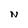
Character: N